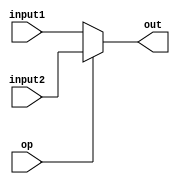
module Mux5 (
    input [4:0] input1,
    input [4:0] input2,
    input op,
    output [4:0] out
);
  assign out = (op) ? input2 : input1;
endmodule